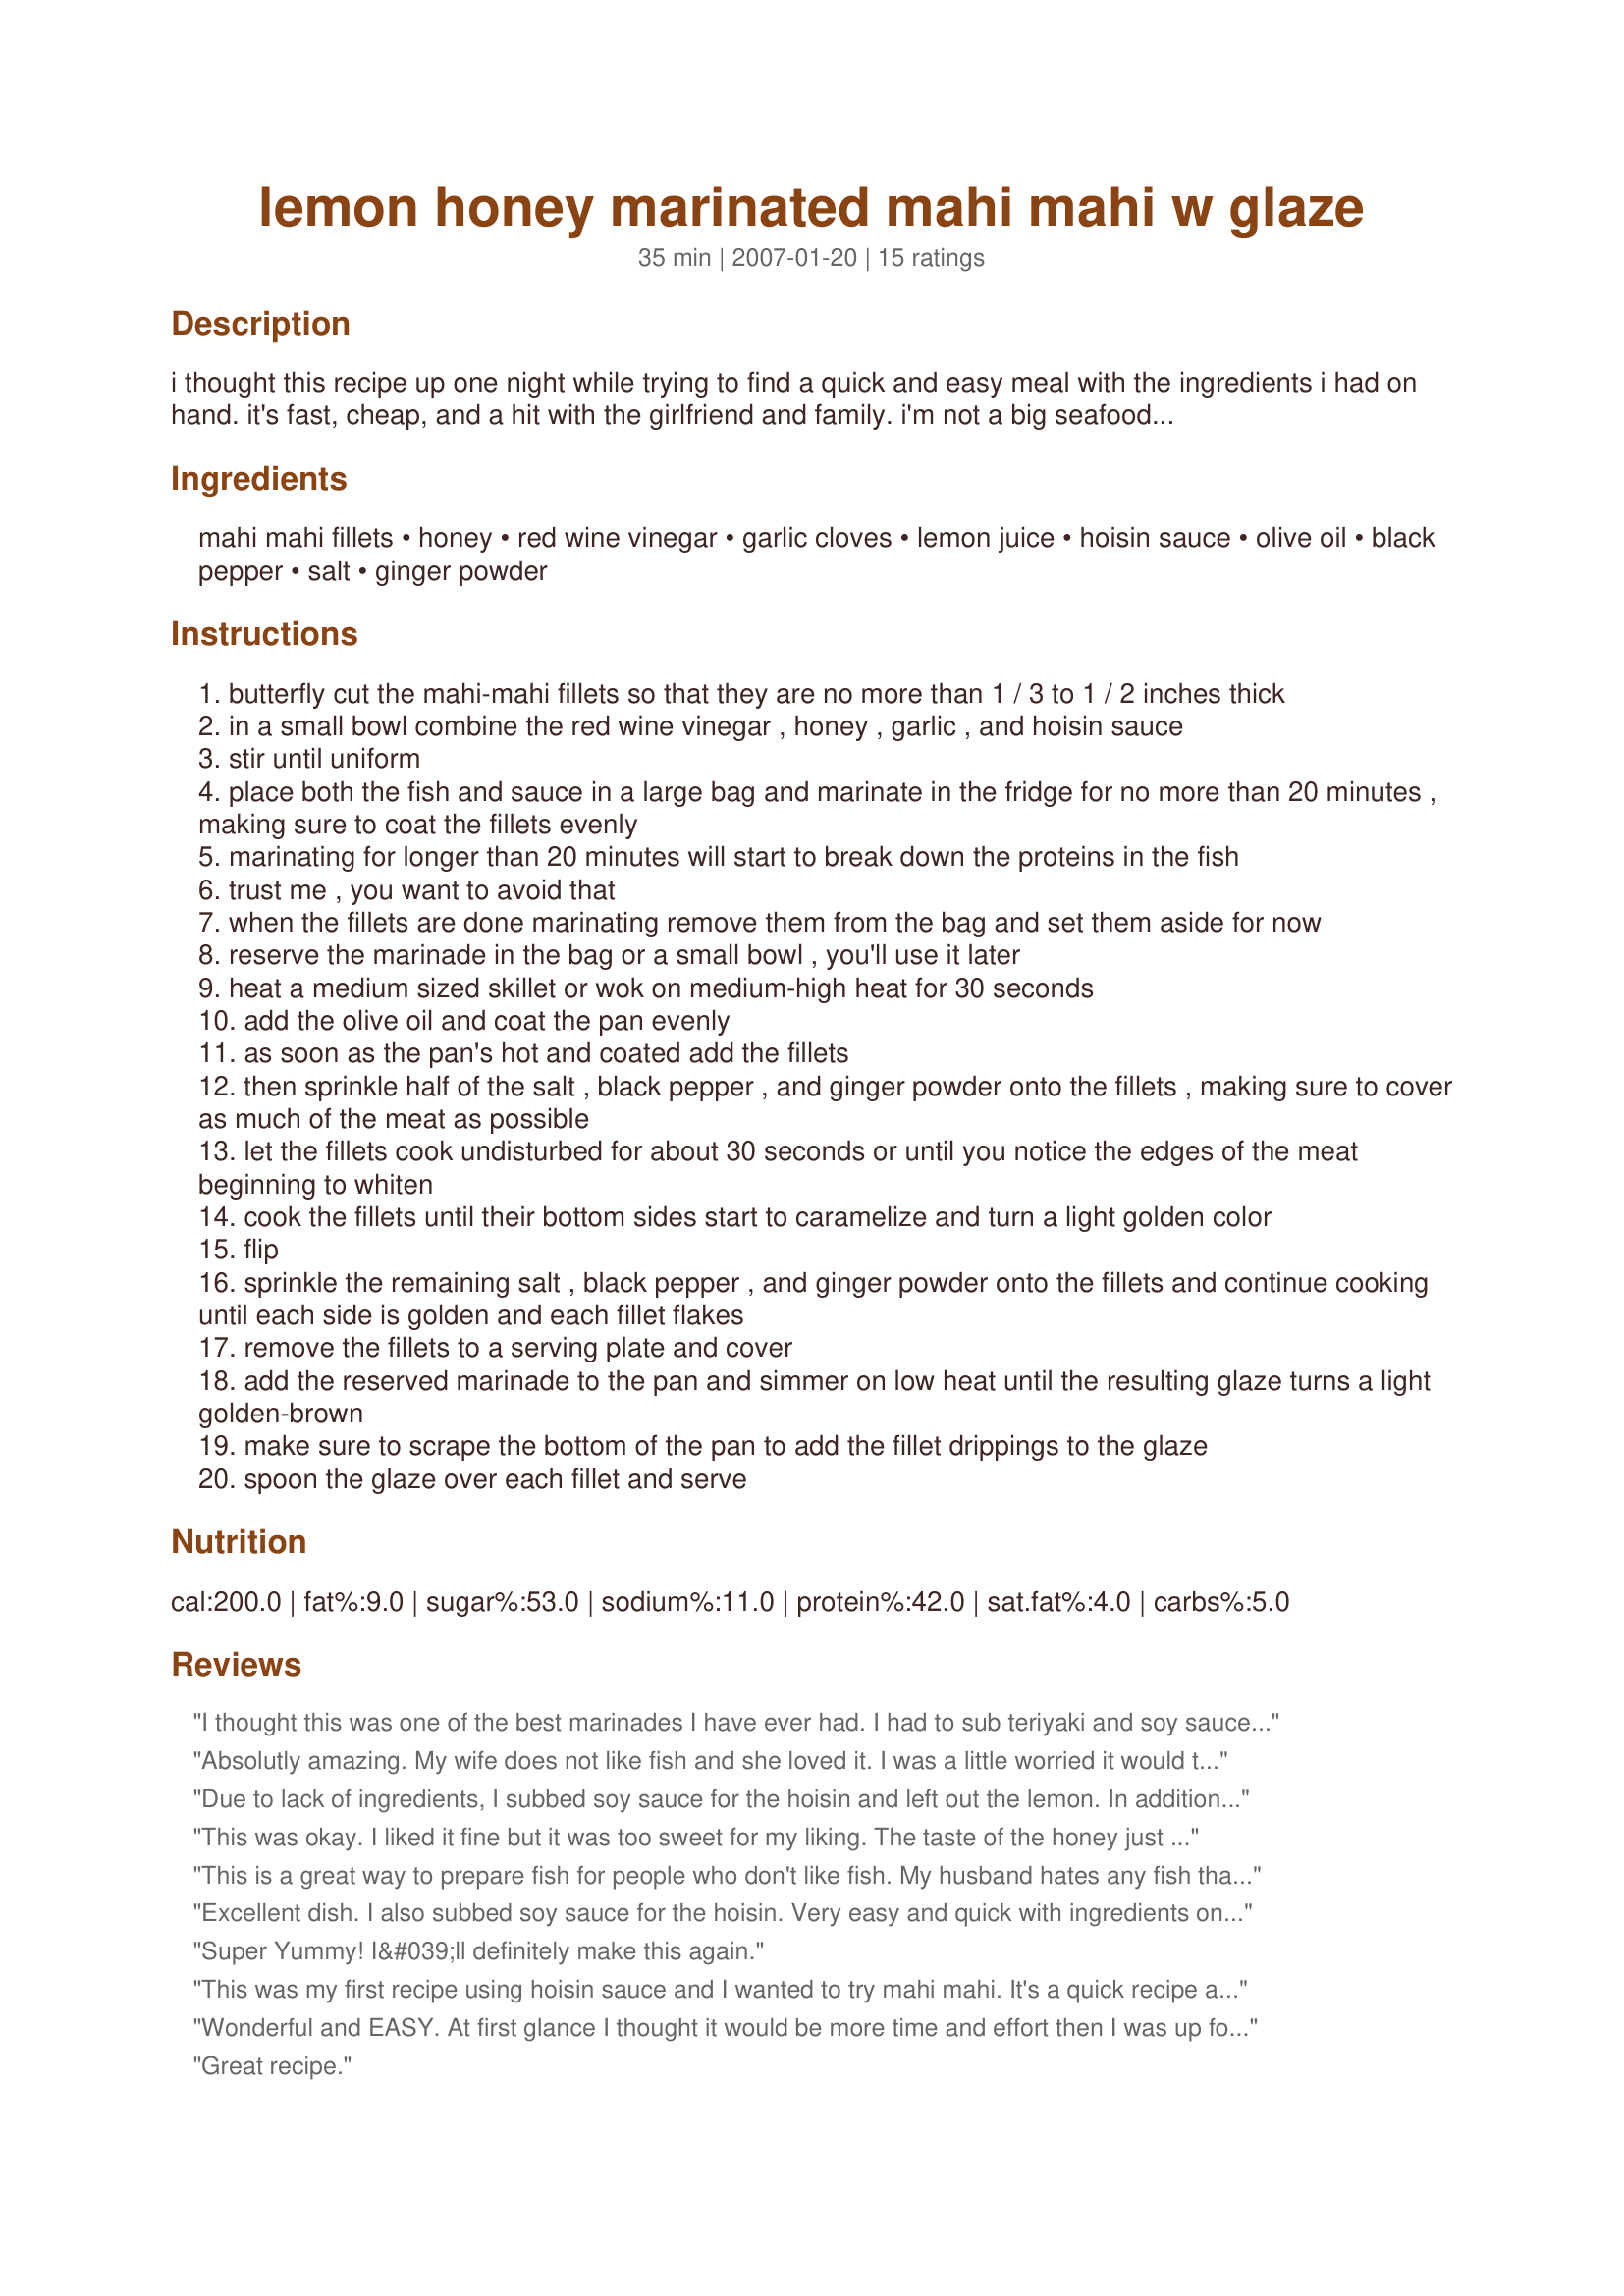
lemon honey marinated mahi mahi w glaze
Preparation time: 35 minutes

i thought this recipe up one night while trying to find a quick and easy meal with the ingredients i had on hand. it's fast, cheap, and a hit with the girlfriend and family. i'm not a big seafood guy, but the mild ginger and lemon flavors accent perfectly with the honey glaze and even i can't say no.

*this recipe works equally well with swordfish or tuna. also try substituting soy sauce or teriyaki for hoisin for some additional variety*

Ingredients:
mahi mahi fillets, honey, red wine vinegar, garlic cloves, lemon juice, hoisin sauce, olive oil, black pepper, salt, ginger powder

Steps:
butterfly cut the mahi-mahi fillets so that they are no more than 1 / 3 to 1 / 2 inches thick
in a small bowl combine the red wine vinegar , honey , garlic , and hoisin sauce
stir until uniform
place both the fish and sauce in a large bag and marinate in the fridge for no more than 20 minutes , making sure to coat the fillets evenly
marinating for longer than 20 minutes will start to break down the proteins in the fish
trust me , you want to avoid that
when the fillets are done marinating remove them from the bag and set them aside for now
reserve the marinade in the bag or a small bowl , you'll use it later
heat a medium sized skillet or wok on medium-high heat for 30 seconds
add the olive oil and coat the pan evenly
as soon as the pan's hot and coated add the fillets
then sprinkle half of the salt , black pepper , and ginger powder onto the fillets , making sure to cover as much of the meat as possible
let the fillets cook undisturbed for about 30 seconds or until you notice the edges of the meat beginning to whiten
cook the fillets until their bottom sides start to caramelize and turn a light golden color
flip
sprinkle the remaining salt , black pepper , and ginger powder onto the fillets and continue cooking until each side is golden and each fillet flakes
remove the fillets to a serving plate and cover
add the reserved marinade to the pan and simmer on low heat until the resulting glaze turns a light golden-brown
make sure to scrape the bottom of the pan to add the fillet drippings to the glaze
spoon the glaze over each fillet and serve

Reviews:
I thought this was one of the best marinades I have ever had. I had to sub teriyaki and soy sauce for the hoisin but it turned out wonderful.
Absolutly amazing. My wife does not like fish and she loved it. I was a little worried it would taste too asian but it didn't. I served it on a bed of rice with asparagus and it was great. Thanks
Due to lack of ingredients, I subbed soy sauce for the hoisin and left out the lemon. In addition to that, I accidentally spilled all the reserved marinade, so there was no glaze. Despite all of this, the fish still was very flavorful and good! The red wine vinegar is what is key - it gives a nice tart tangy taste.
This was okay. I liked it fine but it was too sweet for my liking. The taste of the honey just came through too strong.
This is a great way to prepare fish for people who don't like fish. My husband hates any fish that isn't fried. But he LOVED this recipe! He was even disappointed that I only cooked him one piece. I highly recommend this one!
Excellent dish. I also subbed soy sauce for the hoisin. Very easy and quick with ingredients on hand. My 2-year-old ate this fish! Enough said.
Super Yummy! I&#039;ll definitely make this again.
This was my first recipe using hoisin sauce and I wanted to try mahi mahi. It's a quick recipe and turned out good. I tripled the recipe and added some thickener to the sauce. I had to flip it twice just to be sure it was done. Good flavor.
Wonderful and EASY. At first glance I thought it would be more time and effort then I was up for. Not at all. I used soy and plum sauce in place of hoisin, would never know. I just gave my garlic extra wacks with the side of the knife and poured through a strainer, still so easy. And for the first time my house smelled wonderful after cooking fish. It did not look like enough glaze but it was perfect. 2 thumbs up!
Great recipe.
My family loves it! Thank you very much for the recipe, I think I will try it with chicken breast at least the sauce over it.
Loved it, easy to prepare, made it with a bit of mashed potatoes and sauteed carrots. The glaze was outstanding and just complimented the fish texture. Will make it again!
This was quick, easy and delicious! There was one little problem... I made this in a bit of a rush and when it was all finished, I realized that I hadn't put any lemon juice in my Lemon & Honey Marinated Mahi-Mahi! It wasn't in the directions so I didn't even think about it until I was finished. I assume the lemon juice should go in the marinade and will make sure to add it in next time, but it was fabulous even without it. Thanks for posting! :)
Both DH & I liked this. I used a bit extra hoisin sauce. I think I liked it better than DH. He thought maybe a touch too much vinegar. But I liked it. I cooked these on the grill and they turned out lovely. Thank you very much for sharing. I may try this with chicken, since DH likes that better than fish. That way, I can keep the Mahi-Mahi all to myself. I bet this would also taste good on shrimp. Thanks again!
Great mahi-mahi recipe. The marinade turned into glaze really adds to the fish. I grilled mine and will use leftovers in an asian inspired salad for lunch.
